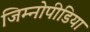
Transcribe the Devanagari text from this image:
जिम्नोपीडिया